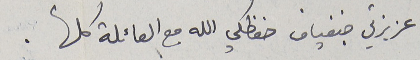
عزيزتي جنفياف حفظكي الله مع العائلة كلها .